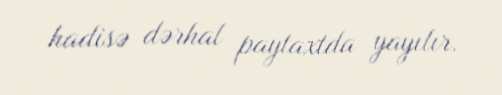
hadisə dərhal paytaxtda yayılır.